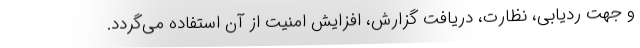
و جهت ردیابی، نظارت، دریافت گزارش، افزایش امنیت از آن استفاده می‌گردد.